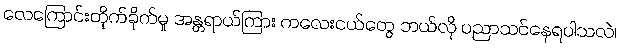
လေကြောင်းတိုက်ခိုက်မှု အန္တရာယ်ကြား ကလေးငယ်တွေ ဘယ်လို ပညာသင်နေရပါသလဲ၊